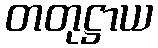
တတုဋ္ဌာယ